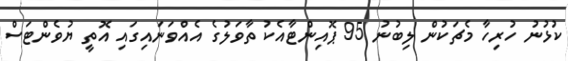
ކުޅުނު ހުރިހާ މެޗަކުން ލިބުނު 95 ޕޮއިންޓާއެކު ތާވަލުގެ އެއްވަނައިގައި އޮތީ ޔުވެންޓަސް